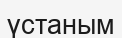
үстаным